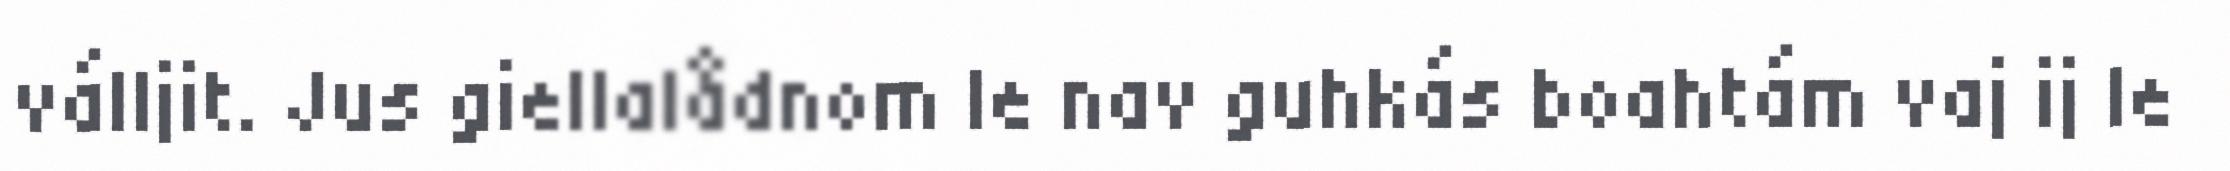
válljit. Jus giellalådnom le nav guhkás boahtám vaj ij le